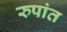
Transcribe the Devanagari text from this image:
रुपांत